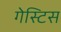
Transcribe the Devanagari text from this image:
गेस्टिस